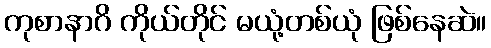
ကုစာနာဂိ ကိုယ်တိုင် မယုံ့တစ်ယုံ ဖြစ်နေဆဲ။